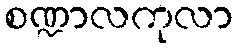
စဏ္ဍာလကုလာ